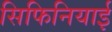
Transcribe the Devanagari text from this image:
सिफिनियाई